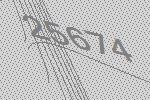
25674